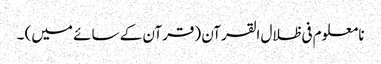
نا معلوم فی ظلال القرآن (قرآن کے سائے میں) ۔